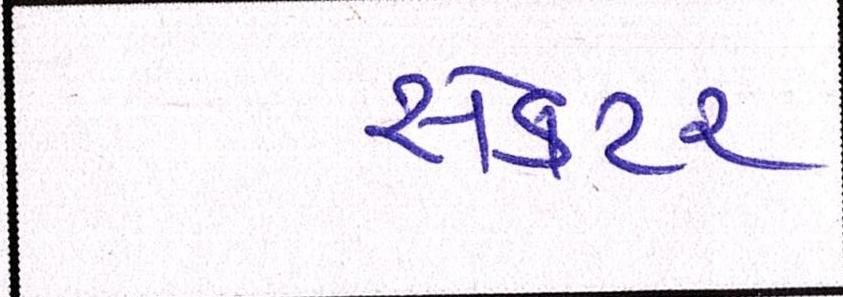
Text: સેકટર